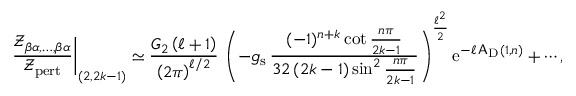
\left. \frac { { \mathscr Z } _ { \beta \alpha , \ldots , \beta \alpha } } { { \mathscr Z } _ { \mathrm { p e r t } } } \right| _ { ( 2 , 2 k - 1 ) } \simeq \frac { G _ { 2 } \left( \ell + 1 \right) } { \left( 2 \pi \right) ^ { \ell / 2 } } \, \left( - g _ { \mathrm { s } } \, \frac { ( - 1 ) ^ { n + k } \cot \frac { n \pi } { 2 k - 1 } } { 3 2 \left( 2 k - 1 \right) \sin ^ { 2 } \frac { n \pi } { 2 k - 1 } } \right) ^ { \frac { \ell ^ { 2 } } { 2 } } { \mathrm { e } } ^ { - \ell \, \mathsf { A } _ { \mathrm { D } } ( 1 , n ) } + \cdots ,